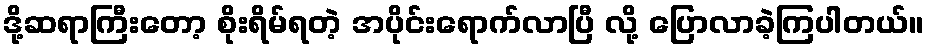
ဒို့ဆရာကြီးတော့ စိုးရိမ်ရတဲ့ အပိုင်းရောက်လာပြီ လို့ ပြောလာခဲ့ကြပါတယ်။